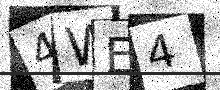
Text: 4WE4